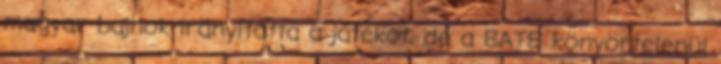
magyar bajnok irányította a játékot, de a BATE könyörtelenül